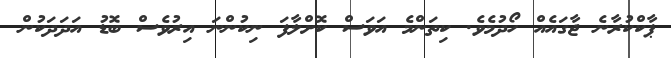
ޕާކްކުރާނެ ޖާގައެއް ހޯދުމެވެ. ކިތަންމެ އަވަސް ކޮށްލާފަ ނިކުންނަ އިރުވެސް ބޮޑު އަދަދަކުން